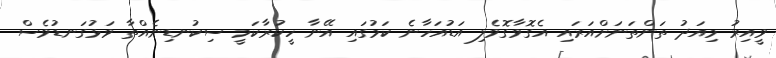
ވީއިރު މިއަދު ތަންތަނަށްއަރައި އެގޮވާގޮވެލި އަޑުއަހާނެ ކަމުގައި އޭނާ ހީކުރާކަމީ ސިކުނޑިނެއްތާ ވަޅުގަނޑުވެސް